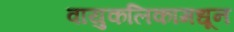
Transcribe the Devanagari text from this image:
वायुकलिकामधून